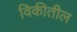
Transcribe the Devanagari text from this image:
विकीतील